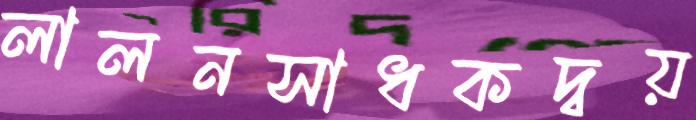
লালনসাধকদ্বয়